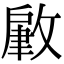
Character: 𢾹